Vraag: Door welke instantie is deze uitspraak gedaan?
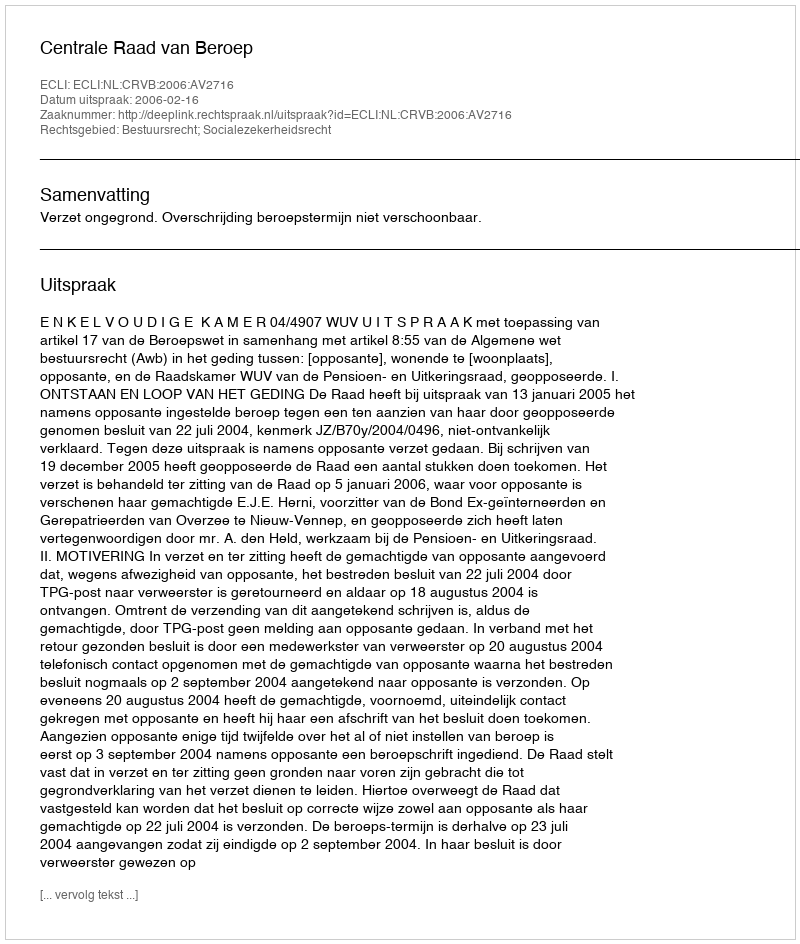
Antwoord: Centrale Raad van Beroep